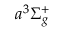
a ^ { 3 } \Sigma _ { g } ^ { + }